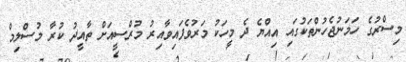
މިސްރުގެ ހަމަނުޖެހުންތަކުގައި އިއްޔެ ދެ މީހަކު މަރުވެފައިވާއިރު މުރްސީއަށް ތާއީދު ކުރާ މުސްލިމް